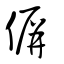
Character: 偋